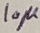
Text: 10µ